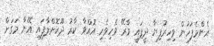
އެންމެފަހުން ވިހިރުފިޔާ ދީފައި ވާރޭ ވެހިވެހި އޮއްވާ ކާރު ދޫކޮށްލާފައި އޭނާ މަގަށް